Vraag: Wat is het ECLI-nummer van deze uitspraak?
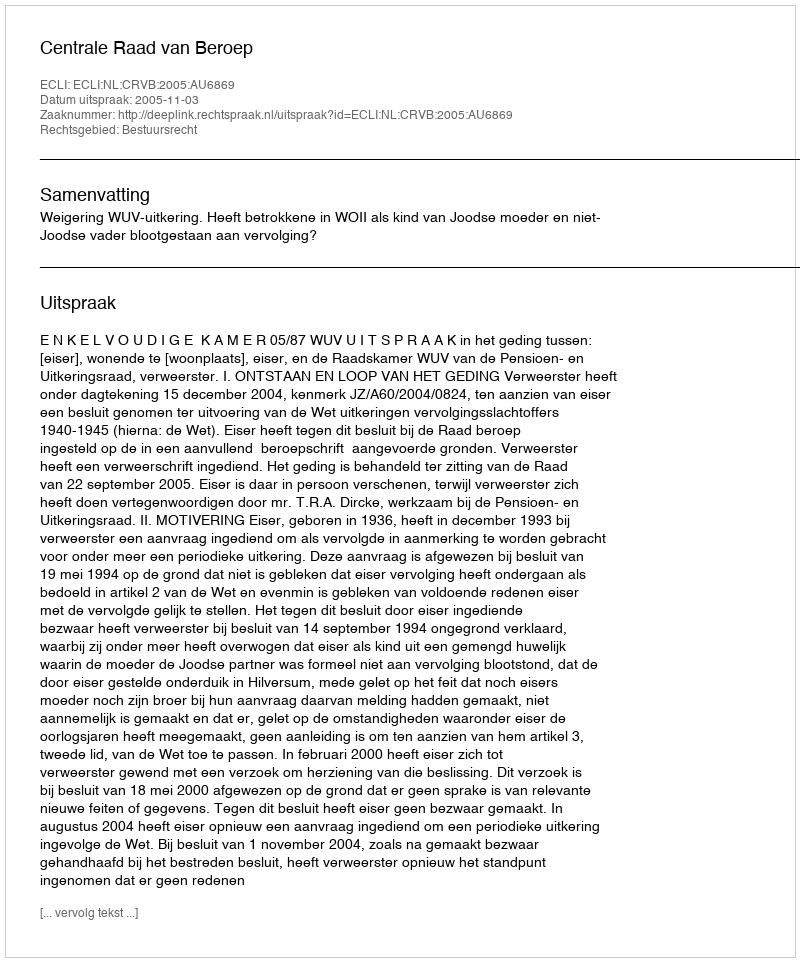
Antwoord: ECLI:NL:CRVB:2005:AU6869